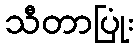
သီတာပြုံး